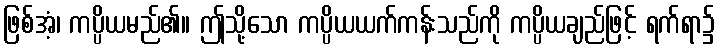
ဖြစ်အံ့၊ ကပ္ပိယမည်၏။ ဤသို့သော ကပ္ပိယယက်ကန်းသည်ကို ကပ္ပိယချည်ဖြင့် ရက်ရာ၌